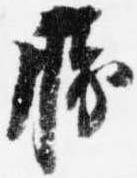
勝